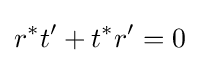
r^{*}t'+t^{*}r'=0